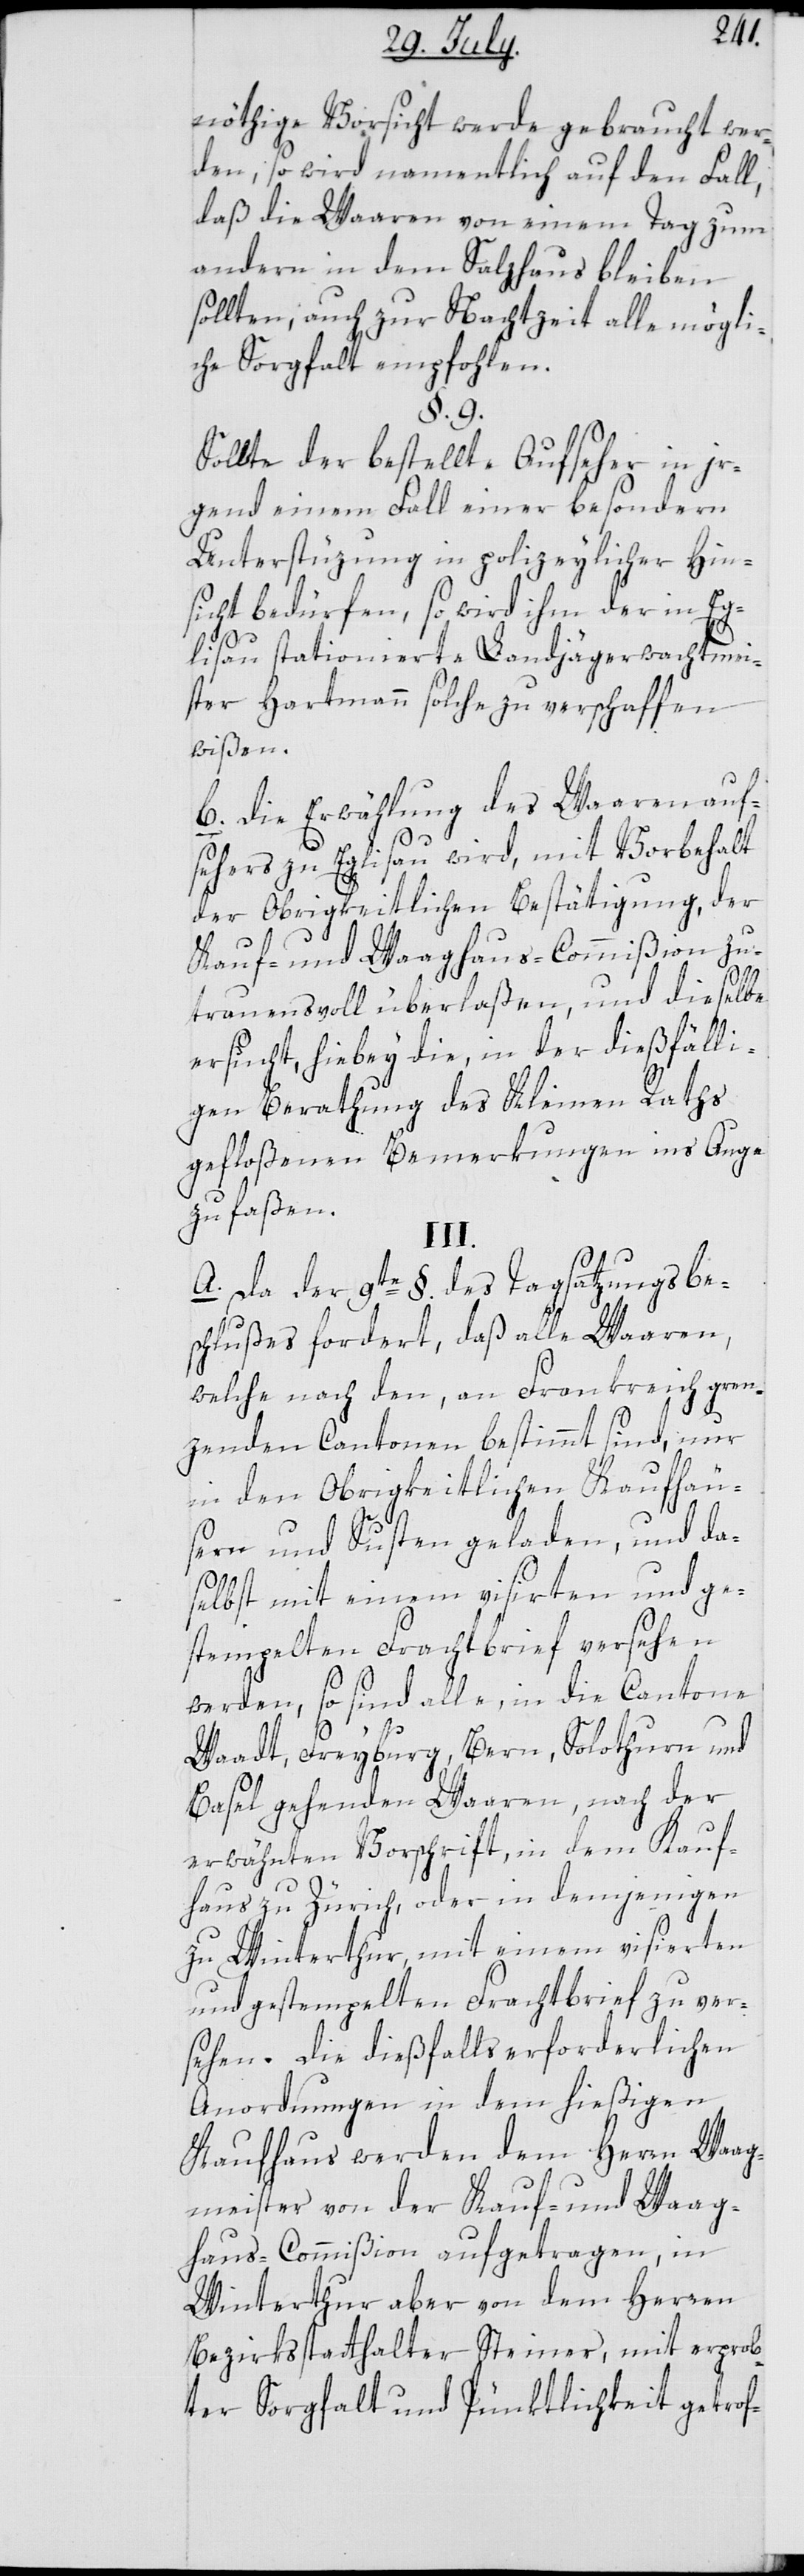
nöthige Vorsicht werde gebraucht wer¬
den, so wird namentlich auf den Fall,
daß die Waaren von einem Tag zum
andern in dem Salzhaus bleiben
sollten, auch zur Nachtzeit alle mögli¬
che Sorgfalt empfohlen.
§. 9.
Sollte der bestellte Aufseher in ir¬
gend einem Fall einer besondern
Unterstüzung in polizeylicher Hin¬
sicht bedürfen, so wird ihm der in Eg¬
lisau stationierte Landjägerwachtmei¬
ster Hartmann solche zu verschaffen
wißen.
B. Die Erwählung des Waarenauf¬
sehers zu Eglisau wird, mit Vorbehalt
der Obrigkeitlichen Bestätigung, der
Kauf- und Waaghaus-Commißion zu¬
trauensvoll überlaßen, und dieselbe
ersucht, hiebey die, in der dießfälli¬
gen Berathung des Kleinen Raths
gefloßenen Bemerkungen ins Auge
zu faßen.
III.
A. Da der 9te §. des Tagsatzungsbe¬
schlußes fordert, daß alle Waaren,
welche nach den, an Frankreich gren¬
zenden Cantonen bestimmt sind, nur
in den Obrigkeitlichen Kaufhäu¬
sern und Susten geladen, und da¬
selbst mit einem visirten und ge¬
stempelten Frachtbrief versehen
werden, so sind alle, in die Cantone
Waadt, Freyburg, Bern, Solothurn und
Basel gehenden Waaren, nach der
erwähnten Vorschrift, in dem Kauf¬
haus zu Zürich, oder in demjenigen
zu Winterthur, mit einem visierten
und gestempelten Frachtbrief zu ver¬
sehen. Die dießfalls erforderlichen
Anordnungen in dem hießigen
Kaufhaus werden dem Herrn Waag¬
meister von der Kauf- und Waag¬
haus-Commißion aufgetragen, in
Winterthur aber von dem Herren
Bezirksstatthalter Steiner, mit erprob¬
ter Sorgfalt und Pünktlichkeit getrof-